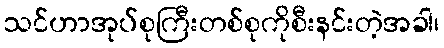
သင်ဟာအုပ်စုကြီးတစ်စုကိုစီးနင်းတဲ့အခါ၊